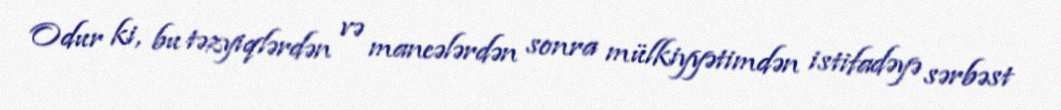
Odur ki, bu təzyiqlərdən və maneələrdən sonra mülkiyyətimdən istifadəyə sərbəst